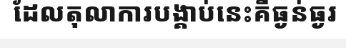
ដែលតុលាការបង្គាប់នេះគឺធ្ងន់ធ្ងរ